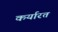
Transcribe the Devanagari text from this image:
कर्यारत